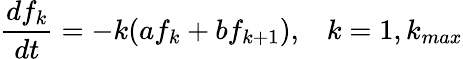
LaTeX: \frac{df_{k}}{dt}=-k(af_{k}+bf_{k+1}),\; \; \; k=1,k_{max}